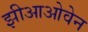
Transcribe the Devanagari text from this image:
झीआओवेन